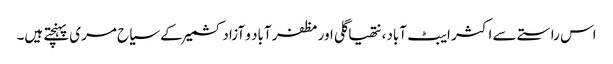
اس راستے سے اکثر ایبٹ آباد، نتھیاگلی اور مظفر آباد و آزادکشمیر کے سیاح مری پہنچتے ہیں۔